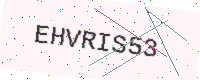
Text: EHVRIS53